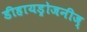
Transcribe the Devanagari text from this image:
डीहायड्रोजनीज्